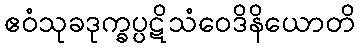
ဧဝံသုခဒုက္ခပ္ပဋိသံဝေဒိနိယောတိ